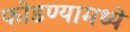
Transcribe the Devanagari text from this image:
फोडण्यामध्ये